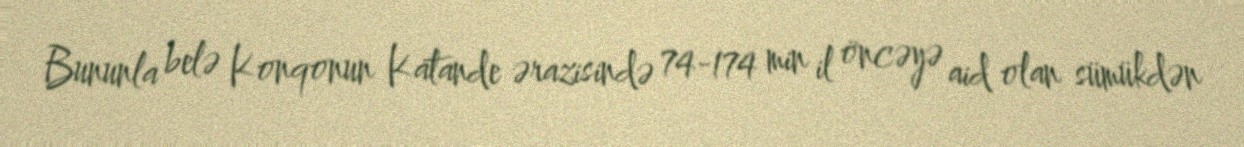
Bununla belə Konqonun Katande ərazisində 74-174 min il öncəyə aid olan sümükdən